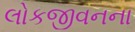
લોકજીવનના